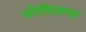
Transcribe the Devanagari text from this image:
प्रोविज़नर